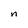
Character: n